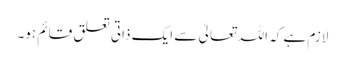
لازم ہے کہ اللہ تعالیٰ سے ایک ذاتی تعلق قائم ہو۔